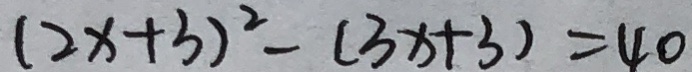
( 2 x + 3 ) ^ { 2 } - ( 3 x + 3 ) = 4 0